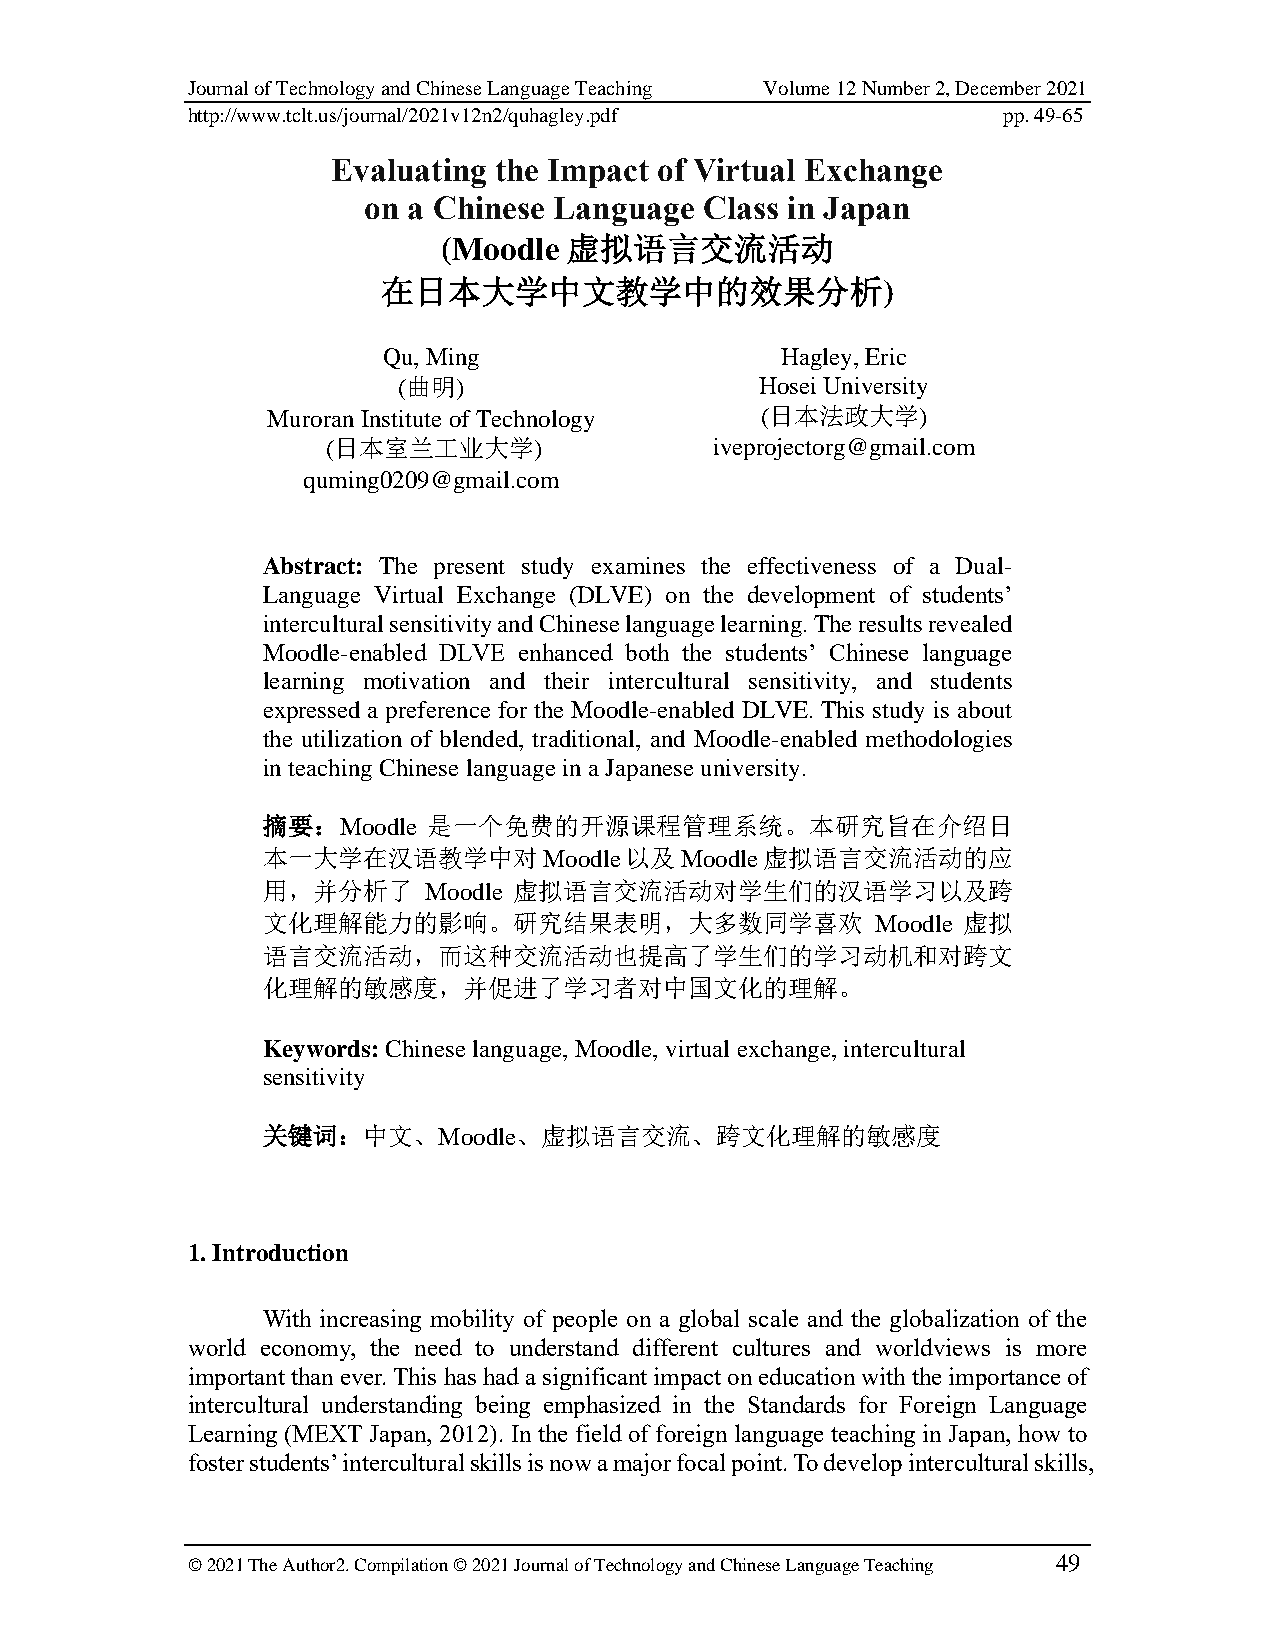
Journal of Technology and Chinese Language Teaching Volume 12 Number 2, December 2021
 http://www.tclt.us/journal/2021v12n2/quhagley.pdf     pp. 49-65
 Evaluating the Impact of Virtual Exchange
 on a Chinese Language  Class in Japan
 (Moodle 虚拟语言交流活动
 在日本大学中文教学中的效果分析)
 Qu, Ming                   Hagley, Eric
 (曲明)                    Hosei University
 Muroran Institute of Technology (日本法政大学)
 (日本室兰工业大学)               iveprojectorg@gmail.com
 quming0209@gmail.com
 Abstract: The present study examines the effectiveness of a Dual-
 Language Virtual Exchange (DLVE) on the development of students’
 intercultural sensitivity and Chinese language learning. The results revealed
 Moodle-enabled DLVE enhanced both the students’ Chinese language
 learning motivation and their intercultural sensitivity, and students
 expressed a preference for the Moodle-enabled DLVE. This study is about
 the utilization of blended, traditional, and Moodle-enabled methodologies
 in teaching Chinese language in a Japanese university.
 摘要：Moodle  是一个免费的开源课程管理系统。本研究旨在介绍日
 本一大学在汉语教学中对Moodle以及Moodle虚拟语言交流活动的应
 用，并分析了     Moodle 虚拟语言交流活动对学生们的汉语学习以及跨
 文化理解能力的影响。研究结果表明，大多数同学喜欢                 Moodle 虚拟
 语言交流活动，而这种交流活动也提高了学生们的学习动机和对跨文
 化理解的敏感度，并促进了学习者对中国文化的理解。
 Keywords: Chinese language, Moodle, virtual exchange, intercultural
 sensitivity
 关键词：中文、Moodle、虚拟语言交流、跨文化理解的敏感度
 1. Introduction
 With increasing mobility of people on a global scale and the globalization of the
 world economy, the need to understand different cultures and worldviews is more
 important than ever. This has had a significant impact on education with the importance of
 intercultural understanding being emphasized in the Standards for Foreign Language
 Learning (MEXT Japan, 2012). In the field of foreign language teaching in Japan, how to
 foster students’ intercultural skills is now a major focal point. To develop intercultural skills,
 © 2021 The Author2. Compilation © 2021 Journal of Technology and Chinese Language Teaching 49